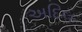
અદિલ